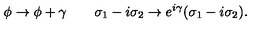
\phi \rightarrow \phi + \gamma \qquad \sigma _ { 1 } - i \sigma _ { 2 } \rightarrow e ^ { i \gamma } ( \sigma _ { 1 } - i \sigma _ { 2 } ) .